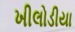
ખીલોડીયા